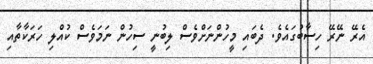
އެރޭ ނޭރޭ ހިސާބުގައެވެ. ދެބައި މީހުންނަށްވެސް ލިބުނީ ސިހުން ނަމަވެސް ކުއްލި ހަރަކާތާއި